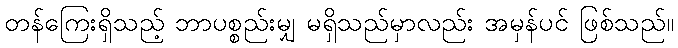
တန်ကြေးရှိသည့် ဘာပစ္စည်းမျှ မရှိသည်မှာလည်း အမှန်ပင် ဖြစ်သည်။